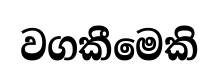
වගකීමෙකි